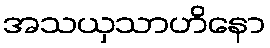
အသယှသာဟိနော